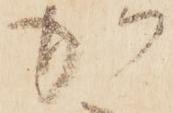
加